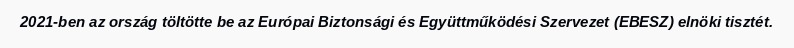
2021-ben az ország töltötte be az Európai Biztonsági és Együttműködési Szervezet (EBESZ) elnöki tisztét.